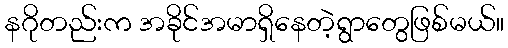
နဂိုတည်းက အခိုင်အမာရှိနေတဲ့ရွာတွေဖြစ်မယ်။